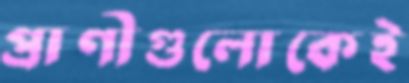
প্রাণীগুলোকেই